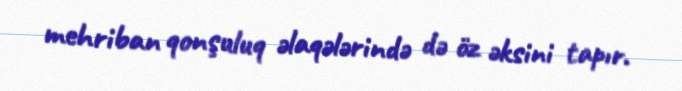
mehriban qonşuluq əlaqələrində də öz əksini tapır.